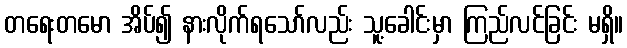
တရေးတမော အိပ်၍ နားလိုက်ရသော်လည်း သူ့ခေါင်းမှာ ကြည်လင်ခြင်း မရှိ။